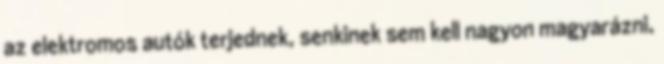
az elektromos autók terjednek, senkinek sem kell nagyon magyarázni,